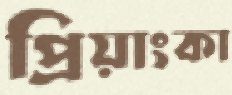
প্রিয়াংকা